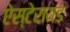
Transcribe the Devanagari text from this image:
ऐस्टेरायड